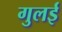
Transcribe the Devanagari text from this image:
गुलई